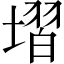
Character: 𡏽